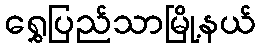
ရွှေပြည်သာမြို့နယ်